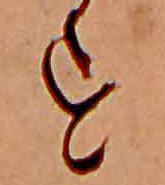
す